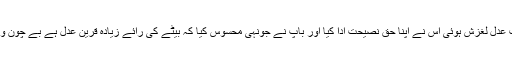
بیٹے نے جونہی محسوس کیا کہ باپ سے درباب عدل لغزش ہوئی اس نے اپنا حق نصیحت ادا کیا اور باپ نے جونہی محسوس کیا کہ بیٹے کی رائے زیادہ قرین عدل ہے بے چون و چرا اس نے حق کے آگے اپنے آپ کو جھکا دیا۔